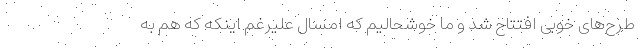
طرح‌های خوبی افتتاح شد و ما خوشحالیم که امسال علیرغم اینکه که هم به